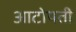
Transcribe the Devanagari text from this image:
आटोपती